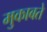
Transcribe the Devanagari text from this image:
मुकाबते